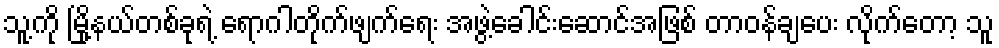
သူ့ကို မြို့နယ်တစ်ခုရဲ့ ရောဂါတိုက်ဖျက်ရေး အဖွဲ့ခေါင်းဆောင်အဖြစ် တာဝန်ချပေး လိုက်တော့ သူ